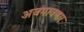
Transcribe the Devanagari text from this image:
अजमावणार